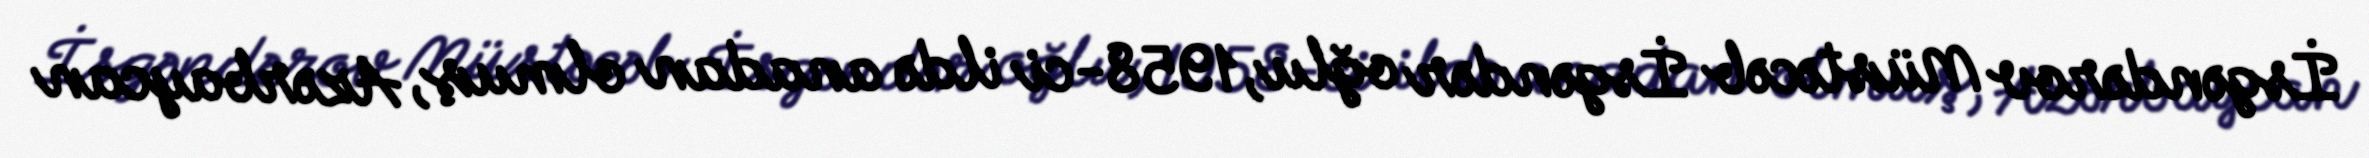
İsgəndərov Müstəcəb İsgəndər oğlu, 1958-ci ildə anadan olmuş, Azərbaycan